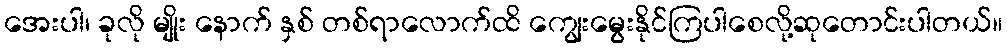
အေးပါ၊ ခုလို မျိုး နောက် နှစ် တစ်ရာလောက်ထိ ကျွေးမွေးနိုင်ကြပါစေလို့ဆုတောင်းပါတယ်။